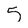
Character: 5